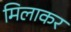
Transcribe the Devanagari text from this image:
मिलाकर